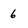
Character: 6